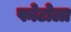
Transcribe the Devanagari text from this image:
फोटोला